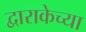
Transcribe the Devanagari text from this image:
द्वाराकेच्या